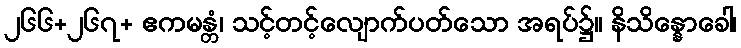
၂၆၆+၂၆၇+ ဧကမန္တံ၊ သင့်တင့်လျောက်ပတ်သော အရပ်၌။ နိသိန္နောခေါ၊